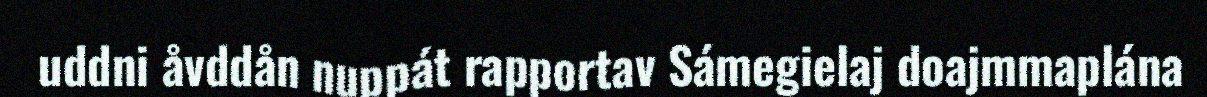
uddni åvddån nuppát rapportav Sámegielaj doajmmaplána